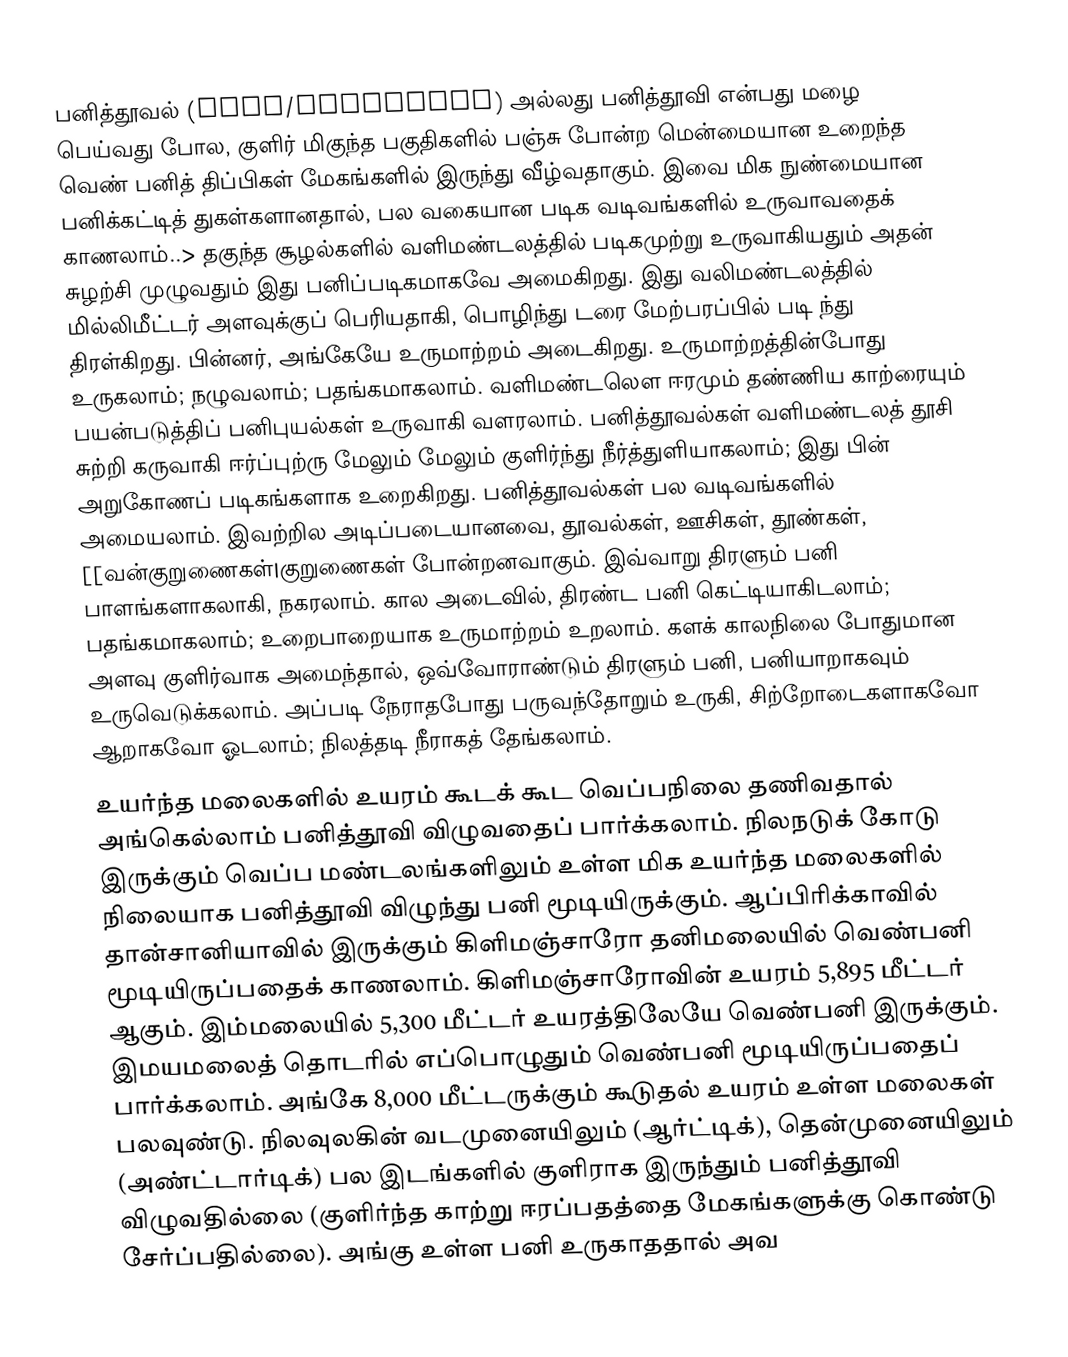
பனித்தூவல் (Snow/Snowflake) அல்லது பனித்தூவி என்பது மழை பெய்வது போல, குளிர் மிகுந்த பகுதிகளில் பஞ்சு போன்ற மென்மையான உறைந்த வெண் பனித் திப்பிகள் மேகங்களில் இருந்து வீழ்வதாகும். இவை மிக நுண்மையான பனிக்கட்டித் துகள்களானதால், பல வகையான படிக வடிவங்களில் உருவாவதைக் காணலாம்..> தகுந்த சூழல்களில் வளிமண்டலத்தில் படிகமுற்று உருவாகியதும் அதன் சுழற்சி முழுவதும் இது பனிப்படிகமாகவே அமைகிறது. இது வலிமண்டலத்தில் மில்லிமீட்டர் அளவுக்குப் பெரியதாகி, பொழிந்து டரை மேற்பரப்பில் படி ந்து திரள்கிறது. பின்னர், அங்கேயே உருமாற்றம் அடைகிறது. உருமாற்றத்தின்போது உருகலாம்; நழுவலாம்; பதங்கமாகலாம். வளிமண்டலௌ ஈரமும் தண்ணிய காற்ரையும் பயன்படுத்திப் பனிபுயல்கள் உருவாகி வளரலாம். பனித்தூவல்கள் வளிமண்டலத் தூசி சுற்றி கருவாகி ஈர்ப்புற்ரு மேலும் மேலும் குளிர்ந்து நீர்த்துளியாகலாம்; இது பின் அறுகோணப் படிகங்களாக உறைகிறது. பனித்தூவல்கள் பல வடிவங்களில் அமையலாம். இவற்றில அடிப்படையானவை, தூவல்கள், ஊசிகள், தூண்கள், [[வன்குறுணைகள்|குறுணைகள் போன்றனவாகும். இவ்வாறு திரளும் பனி பாளங்களாகலாகி, நகரலாம். கால அடைவில், திரண்ட பனி கெட்டியாகிடலாம்; பதங்கமாகலாம்; உறைபாறையாக உருமாற்றம் உறலாம். களக் காலநிலை போதுமான அளவு குளிர்வாக அமைந்தால், ஒவ்வோராண்டும் திரளும் பனி, பனியாறாகவும் உருவெடுக்கலாம். அப்படி நேராதபோது பருவந்தோறும் உருகி, சிற்றோடைகளாகவோ ஆறாகவோ ஓடலாம்; நிலத்தடி நீராகத் தேங்கலாம்.
உயர்ந்த மலைகளில் உயரம் கூடக் கூட வெப்பநிலை தணிவதால் அங்கெல்லாம் பனித்தூவி விழுவதைப் பார்க்கலாம். நிலநடுக் கோடு இருக்கும் வெப்ப மண்டலங்களிலும் உள்ள மிக உயர்ந்த மலைகளில் நிலையாக பனித்தூவி விழுந்து பனி மூடியிருக்கும். ஆப்பிரிக்காவில் தான்சானியாவில் இருக்கும் கிளிமஞ்சாரோ தனிமலையில் வெண்பனி மூடியிருப்பதைக் காணலாம். கிளிமஞ்சாரோவின் உயரம் 5,895 மீட்டர் ஆகும். இம்மலையில் 5,300 மீட்டர் உயரத்திலேயே வெண்பனி இருக்கும். இமயமலைத் தொடரில் எப்பொழுதும் வெண்பனி மூடியிருப்பதைப் பார்க்கலாம். அங்கே 8,000 மீட்டருக்கும் கூடுதல் உயரம் உள்ள மலைகள் பலவுண்டு. நிலவுலகின் வடமுனையிலும் (ஆர்ட்டிக்), தென்முனையிலும் (அண்ட்டார்டிக்) பல இடங்களில் குளிராக இருந்தும் பனித்தூவி விழுவதில்லை (குளிர்ந்த காற்று ஈரப்பதத்தை மேகங்களுக்கு கொண்டு சேர்ப்பதில்லை). அங்கு உள்ள பனி உருகாததால் அவ